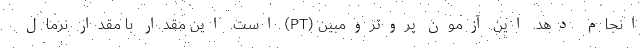
انجام دهد. این آزمون پروترومبین (PT) است. این مقدار با مقدار نرمال